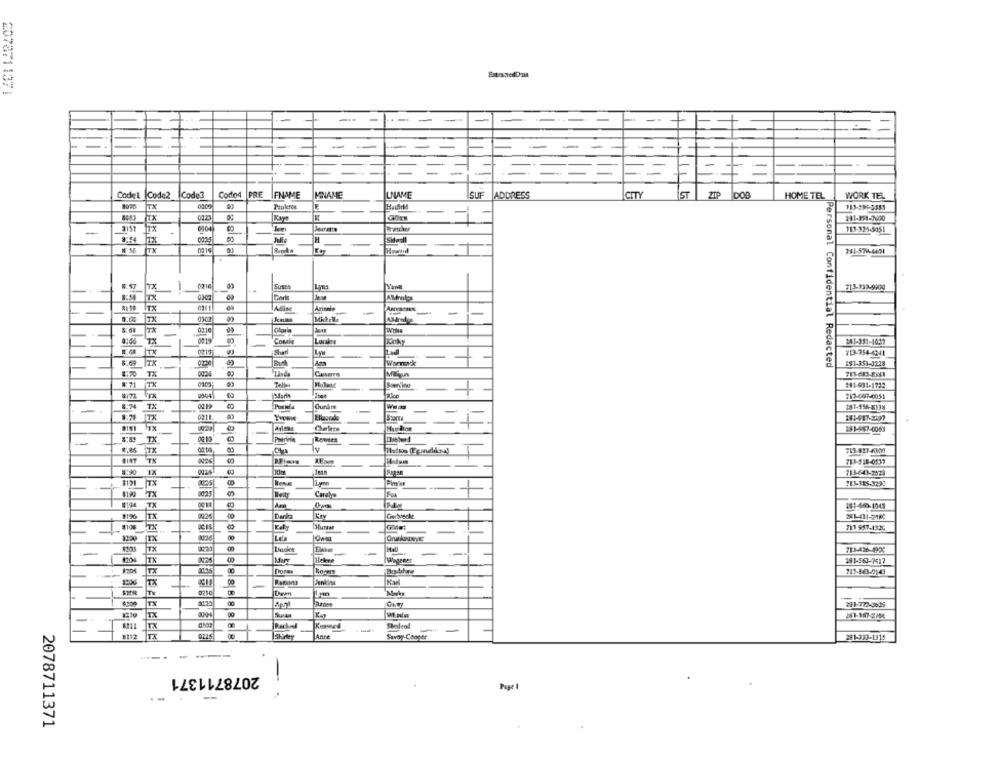
2078711371
=
Codel
Code2
Code?
Cotto4
PRE
IFNAME
MNAME
LNAME
LSUF
ADDRESS
İCITY
IST
ZIP
DOB
HOME TEL
WORK TEL
TX
0009
Pauleroe
TX
211-151-7600
3151
lix
6904
Bratcher
-
113-321-5051
H
TX
0219
261-579-4491
0210
SUSEA
Lyns
TX
ITX
Wim
TX
Michelle
Loraine
241-351-1027
0217
#Sharl
TX
713-754-4241
ITX
Warnand
Personal Confidential Redacted
191-353-3218
TX
TX
Telles
Phulent
181-931-1722
213-067-0051
3 8
TX
Ouráme
-
TTK
0211.
Eliapode
arlene
8181
Charlece
181-967-0069
02:10
Rowees
TOTH
713-817-40804
K.86 TX
713-518-0537
IX
3 8
113-60-373
$131
Lym
713-115-3222
$190
Caraby
$194
TX
#196
TX
00
Darla
Cherbarsche
241-431-5ME3
TX
GMat
711 957-1326
TX
00
TX
-
-
TX
40
Helene
191-563-7417
00
111-863-0143
1201 TX
00
0710
TX
211-772-3625
00
Rachel
#112
TX
Shirley
Anre
Savoy-Cooper
281-332-1315
---
2078711371
-
Page 1
--
2078711371